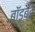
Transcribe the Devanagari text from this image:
बॉडबैंड